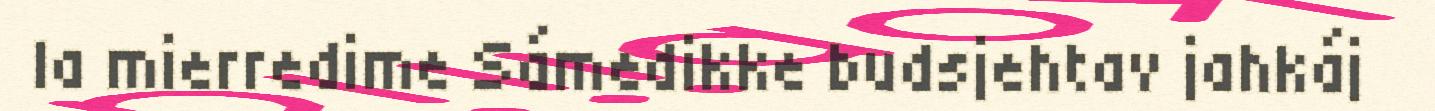
la mierredime Sámedikke budsjehtav jahkáj